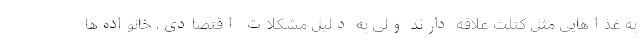
به غذاهایی مثل کتلت علاقه دارند ولی به دلیل مشکلات اقتصادی، خانواده‌ها